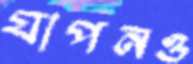
যাপনও